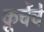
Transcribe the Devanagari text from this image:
कूर्चेचे